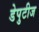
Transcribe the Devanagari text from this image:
डेपुटीज